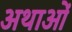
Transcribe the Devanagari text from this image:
अथाओं